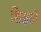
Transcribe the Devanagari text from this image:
शिक्षर्ती